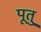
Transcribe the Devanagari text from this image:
पूतु